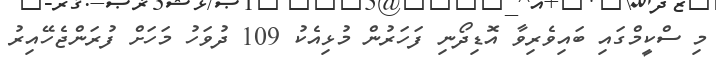
މި ސްކީމްގައި ބައިވެރިވާ އޮޑިދޯނި ފަހަރުން މުޅިއެކު 109 ދުވަހު މަހަށް ފުރަންޖެހޭއިރު